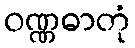
ဝဏ္ဏဓာတုံ